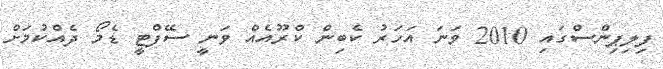
ފިލިޕިންސްގައި 2010 ވަނަ އަހަރު ކެބިން ކްރޫއެއް ވަނީ ސޭފްޓީ ޑެމޯ ދެއްކުމަށް